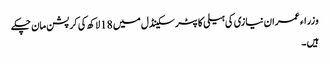
وزراء عمران نیازی کی ہیلی کاپٹر سکینڈل میں 18 لاکھ کی کرپشن مان چکے
ہیں ۔